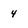
Character: 4